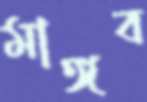
মাঙ্গব